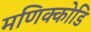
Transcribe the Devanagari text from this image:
मणिक्कोडि